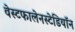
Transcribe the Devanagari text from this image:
वेस्टफालेनस्टेडियॉन